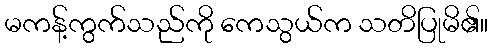
မကန့်ကွက်သည်ကို ကေသွယ်က သတိပြုမိ၏။